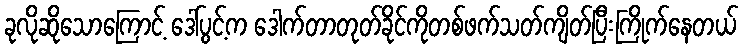
ခုလိုဆိုသောကြောင့် ဒေါ်ပွင့်က ဒေါက်တာတုတ်ခိုင်ကိုတစ်ဖက်သတ်ကျိတ်ပြီးကြိုက်နေတယ်